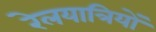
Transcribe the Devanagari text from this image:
रेलयात्रियों